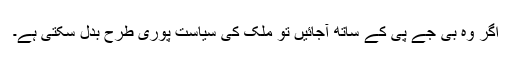
اگر وہ بی جے پی کے ساتھ آجائیں تو ملک کی سیاست پوری طرح بدل سکتی ہے۔